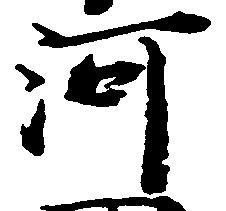
河